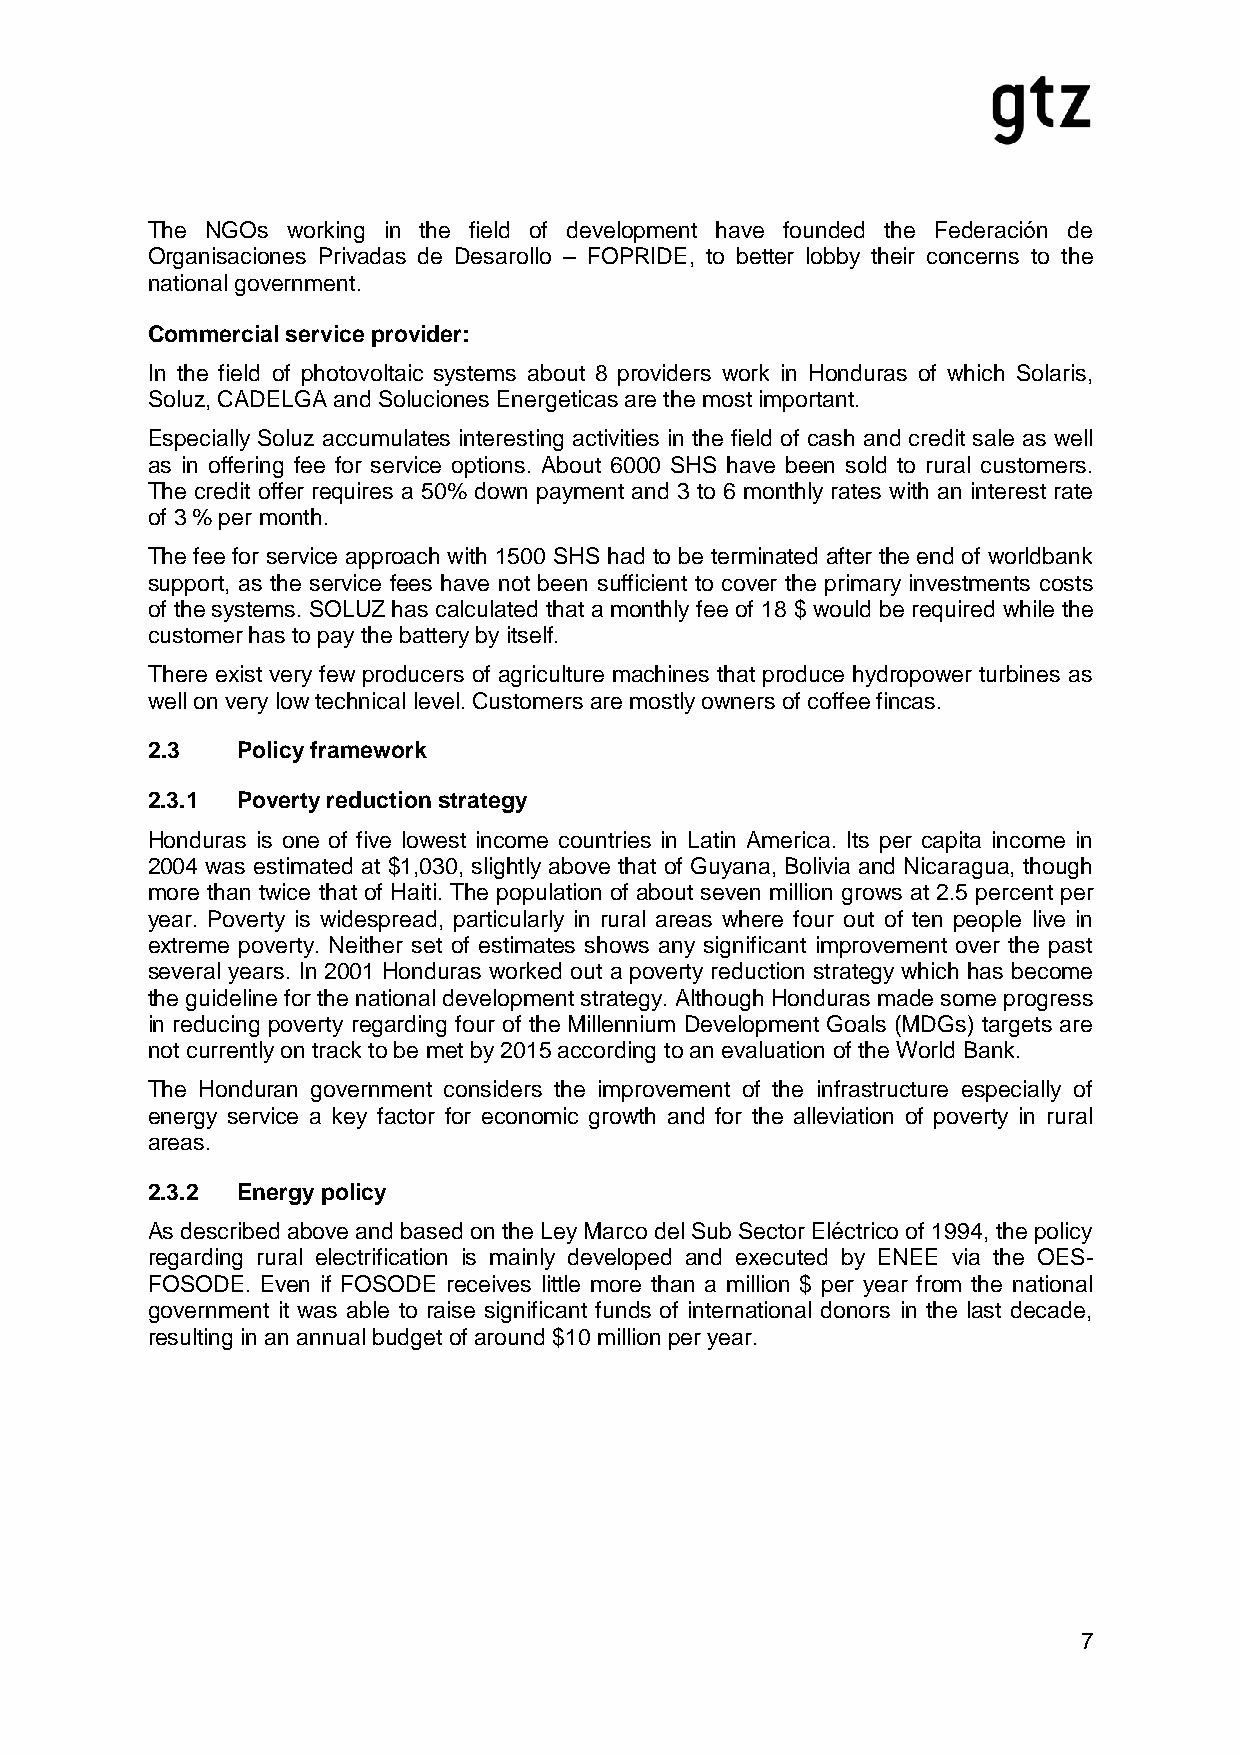
The NGOs working in the field of development have founded the Federación de
 Organisaciones Privadas de Desarollo – FOPRIDE, to better lobby their concerns to the
 national government.
 Commercial service provider:
 In the field of photovoltaic systems about 8 providers work in Honduras of which Solaris,
 Soluz, CADELGA and Soluciones Energeticas are the most important.
 Especially Soluz accumulates interesting activities in the field of cash and credit sale as well
 as in offering fee for service options. About 6000 SHS have been sold to rural customers.
 The credit offer requires a 50% down payment and 3 to 6 monthly rates with an interest rate
 of 3 % per month.
 The fee for service approach with 1500 SHS had to be terminated after the end of worldbank
 support, as the service fees have not been sufficient to cover the primary investments costs
 of the systems. SOLUZ has calculated that a monthly fee of 18 $ would be required while the
 customer has to pay the battery by itself.
 There exist very few producers of agriculture machines that produce hydropower turbines as
 well on very low technical level. Customers are mostly owners of coffee fincas.
 2.3   Policy framework
 2.3.1 Poverty reduction strategy
 Honduras is one of five lowest income countries in Latin America. Its per capita income in
 2004 was estimated at $1,030, slightly above that of Guyana, Bolivia and Nicaragua, though
 more than twice that of Haiti. The population of about seven million grows at 2.5 percent per
 year. Poverty is widespread, particularly in rural areas where four out of ten people live in
 extreme poverty. Neither set of estimates shows any significant improvement over the past
 several years. In 2001 Honduras worked out a poverty reduction strategy which has become
 the guideline for the national development strategy. Although Honduras made some progress
 in reducing poverty regarding four of the Millennium Development Goals (MDGs) targets are
 not currently on track to be met by 2015 according to an evaluation of the World Bank.
 The Honduran government considers the improvement of the infrastructure especially of
 energy service a key factor for economic growth and for the alleviation of poverty in rural
 areas.
 2.3.2 Energy policy
 As described above and based on the Ley Marco del Sub Sector Eléctrico of 1994, the policy
 regarding rural electrification is mainly developed and executed by ENEE via the OES-
 FOSODE. Even if FOSODE receives little more than a million $ per year from the national
 government it was able to raise significant funds of international donors in the last decade,
 resulting in an annual budget of around $10 million per year.
 7